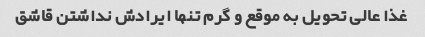
غذا عالی تحویل به موقع و گرم تنها ایرادش نداشتن قاشق